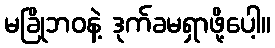
မခြိုဘဝနဲ့ ဒုက်ခမရှာဖို့ပေါ့။